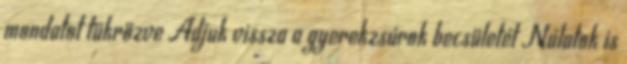
mondatot tükrözve Adjuk vissza a gyerekzsúrok becsületét Nálatok is